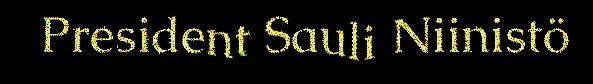
President Sauli Niinistö